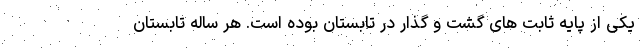
یکی از پایه ثابت های گشت و گذار در تابستان بوده است. هر ساله تابستان